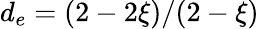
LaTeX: d_{e}=(2-2\xi)/(2-\xi)